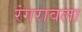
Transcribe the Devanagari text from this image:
रंगरावला